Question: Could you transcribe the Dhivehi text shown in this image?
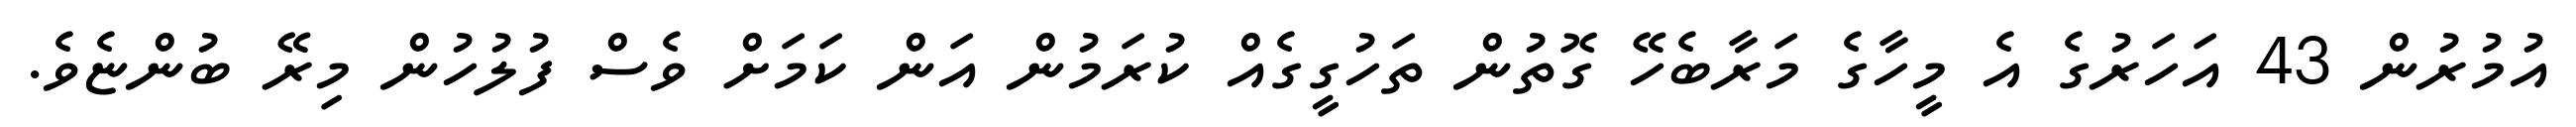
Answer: އުމުރުން 43 އަހަރުގެ އެ މީހާގެ މަރާބެހޭ ގޮތުން ތަހުގީގެއް ކުރަމުން އަން ކަމަށް ވެސް ފުލުހުން މިރޭ ބުންޏެވެ.